Lunatic asylums Punjab 1868-1880 - 1868-1880
Year: 1868
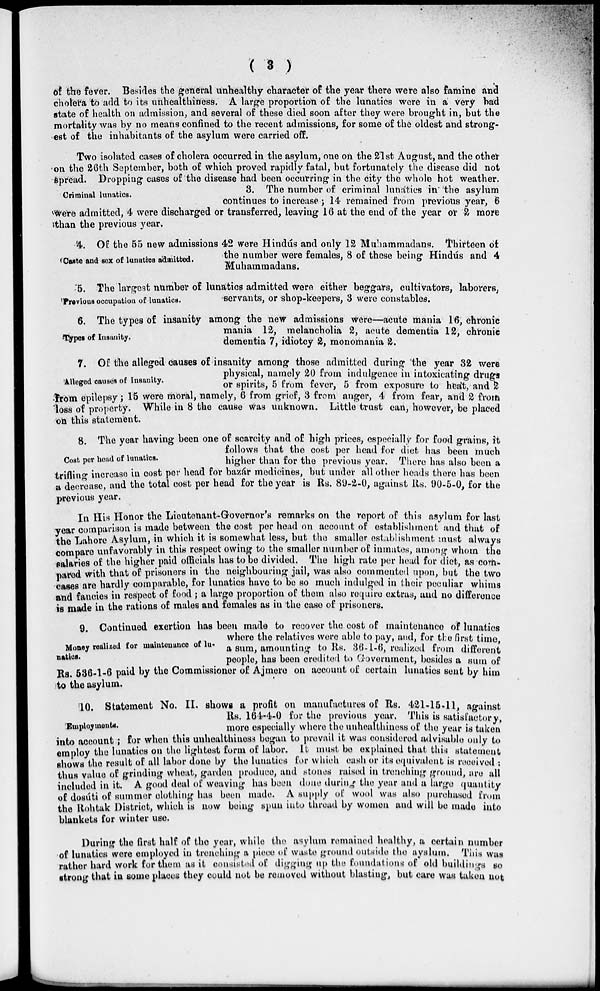
( 3 )
of the fever. Besides the general unhealthy character of the year there were also famine and
cholera to add to its unhealthiness. A large proportion of the lunatics were in a very bad
state of health on admission, and several of these died soon after they were brought in, but the
mortality was by no means confined to the recent admissions, for some of the oldest and strong-
est of the inhabitants of the asylum were carried off.
Two isolated cases of cholera occurred in the asylum, one on the 21st August, and the other
on the 26th September, both of which proved rapidly fatal, but fortunately the disease did not
spread. Dropping cases of the disease had been occurring in the city the whole hot weather.
Criminal lunatics.
3. The number of criminal lunatics in the asylum
continues to increase; 14 remained from previous year, 6
were admitted, 4 were discharged or transferred, leaving 16 at the end of the year or 2 more
than the previous year.
Caste and sex of lunatics admitted.
4. Of the 55 new admissions 42 were Hindús and only 12 Muhammadans. Thirteen of
the number were females, 8 of these being Hindús and 4
Muhammadans.
Previous occupation of lunatics.
5. The largest number of lunatics admitted were either beggars, cultivators, laborers,
servants, or shop-keepers, 3 were constables.
Types of Insanity.
6. The types of insanity among the new admissions were—acute mania 16, chronic
mania 12, melancholia 2, acute dementia 12, chronic
dementia 7, idiotcy 2, monomania 2.
Alleged causes of Insanity.
7. Of the alleged causes of insanity among those admitted during the year 32 were
physical, namely 20 from indulgence in intoxicating drugs
or spirits, 5 from fever, 5 from exposure to heat, and 2
from epilepsy; 15 were moral, namely, 6 from grief, 3 from anger, 4 from fear, and 2 from
loss of property. While in 8 the cause was unknown. Little trust can, however, be placed
on this statement.
Cost per head of lunatics.
8. The year having been one of scarcity and of high prices, especially for food grains, it
follows that the cost per head for diet has been much
higher than for the previous year. There has also been a
trifling increase in cost per head for bazár medicines, but under all other heads there has been
a decrease, and the total cost per head for the year is Rs. 89-2-0, against Rs. 90-5-0, for the
previous year.
In His Honor the Lieutenant-Governor's remarks on the report of this asylum for last
year comparison is made between the cost per head on account of establishment and that of
the Lahore Asylum, in which it is somewhat less, but the smaller establishment must always
compare unfavorably in this respect owing to the smaller number of inmates, among whom the
salaries of the higher paid officials has to be divided. The high rate per head for diet, as com-
pared with that of prisoners in the neighbouring jail, was also commented upon, but the two
cases are hardly comparable, for lunatics have to be so much indulged in their peculiar whims
and fancies in respect of food ; a large proportion of them also require extras, and no difference
is made in the rations of males and females as in the case of prisoners.
Money realized for maintenance of lu-
natics.
9. Continued exertion has been made to recover the cost of maintenance of lunatics
where the relatives were able to pay, and, for the first time,
a sum, amounting to Rs. 36-1-6, realized from different
people, has been credited to Government, besides a sum of
Rs. 536-1-6 paid by the Commissioner of Ajmere on account of certain lunatics sent by him
to the asylum.
Employments.
10. Statement No. II. shows a profit on manufactures of Rs. 421-15-11, against
Rs. 164-4-0 for the previous year. This is satisfactory,
more especially where the unhealthiness of the year is taken
into account; for when this unhealthiness began to prevail it was considered advisable only to
employ the lunatics on the lightest form of labor. It must be explained that this statement
shows the result of all labor done by the lunatics for which cash or its equivalent is received :
thus value of grinding wheat, garden produce, and stones raised in trenching ground, are all
included in it. A good deal of weaving has been done during the year and a large quantity
of dosúti of summer clothing has been made. A supply of wool was also purchased from
the Rohtak District, which is now being spun into thread by women and will be made into
blankets for winter use.
During the first half of the year, while the asylum remained healthy, a certain number
of lunatics were employed in trenching a piece of waste ground outside the ayslum. This was
rather hard work for them as it consisted of digging up the foundations of old buildings so
strong that in some places they could not be removed without blasting, but care was taken not